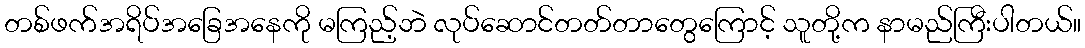
တစ်ဖက်အရိပ်အခြေအနေကို မကြည့်ဘဲ လုပ်ဆောင်တတ်တာတွေကြောင့် သူတို့က နာမည်ကြီးပါတယ်။